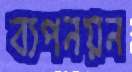
ব্যপনয়ন